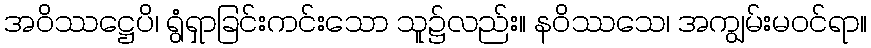
အဝိဿဋ္ဌေပိ၊ ရွံရှာခြင်းကင်းသော သူ၌လည်း။ နဝိဿသေ၊ အကျွမ်းမဝင်ရာ။